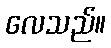
လေသည်။